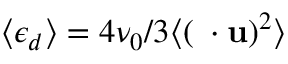
\langle \epsilon _ { d } \rangle = 4 \nu _ { 0 } / 3 \langle ( \mathbf { \nabla } \cdot \mathbf { u } ) ^ { 2 } \rangle